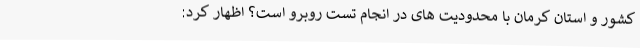
کشور و استان کرمان با محدودیت های در انجام تست روبرو است؟ اظهار کرد: